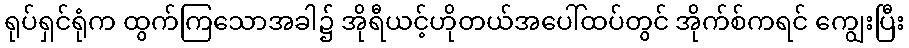
ရုပ်ရှင်ရုံက ထွက်ကြသောအခါ၌ အိုရီယင့်ဟိုတယ်အပေါ်ထပ်တွင် အိုက်စ်ကရင် ကျွေးပြီး